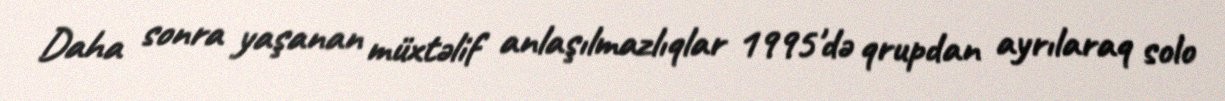
Daha sonra yaşanan müxtəlif anlaşılmazlıqlar 1995'də qrupdan ayrılaraq solo